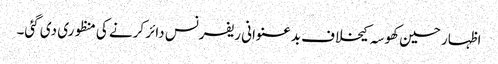
اظہار حسین کھوسہ کیخلاف بدعنوانی ریفرنس دائر کرنے کی منظوری دی گئی۔